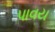
પાવય